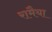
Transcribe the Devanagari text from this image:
रामैया